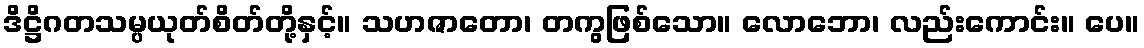
ဒိဋ္ဌိဂတသမ္ပယုတ်စိတ်တို့နှင့်။ သဟဇာတော၊ တကွဖြစ်သော။ လောဘော၊ လည်းကောင်း။ ပေ။